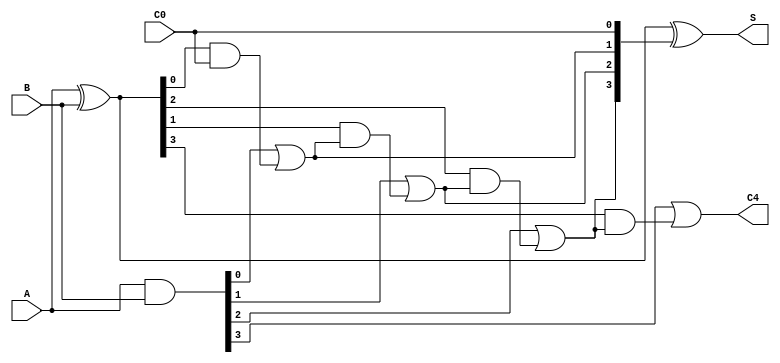
`timescale 1ns / 1ps

/// @brief 4
/// @param A 4
/// @param B 4
/// @param C0 
/// @param S 4
/// @param C4 
module CLA4(
	input  [3: 0] A,
	input  [3: 0] B,
	input  C0,
	output [3: 0] S,
	output C4);
    
	wire [3: 0] g, p;
	wire [4: 0] c;

	assign c[0] = C0;
	assign p 	= A ^ B;
	assign g 	= A & B;
	assign c[1] = g[0] | ( p[0] & c[0] );
	assign c[2] = g[1] | ( p[1] & ( g[0] | ( p[0] & c[0])));
	assign c[3] = g[2] | ( p[2] & ( g[1] | ( p[1] & ( g[0] | ( p[0] & c[0] )))));
	assign c[4] = g[3] | ( p[3] & ( g[2] | ( p[2] & ( g[1] | ( p[1] & ( g[0] | ( p[0] & c[0] )))))));
	assign S  	= p[3: 0] ^ c[3: 0];
	assign C4 	= c[4];
endmodule